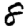
Digit: 8